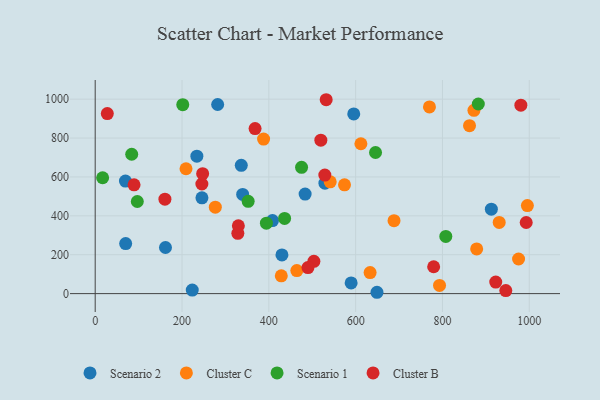
{"axis": {"x": "Study Hours", "y": "Exam Score"}, "legend": ["Cluster B", "Cluster C", "Scenario 1", "Scenario 2"], "data": [{"x": "483.6", "y": 511.7, "type": "Scenario 2"}, {"x": "529.2", "y": 568.0, "type": "Scenario 2"}, {"x": "245.9", "y": 492.5, "type": "Scenario 2"}, {"x": "430.2", "y": 198.9, "type": "Scenario 2"}, {"x": "912.6", "y": 434.5, "type": "Scenario 2"}, {"x": "70.2", "y": 257.1, "type": "Scenario 2"}, {"x": "336.5", "y": 659.8, "type": "Scenario 2"}, {"x": "649.1", "y": 6.9, "type": "Scenario 2"}, {"x": "595.6", "y": 924.2, "type": "Scenario 2"}, {"x": "69.7", "y": 578.7, "type": "Scenario 2"}, {"x": "223.6", "y": 18.4, "type": "Scenario 2"}, {"x": "161.9", "y": 237.1, "type": "Scenario 2"}, {"x": "339.7", "y": 510.2, "type": "Scenario 2"}, {"x": "234.2", "y": 707.0, "type": "Scenario 2"}, {"x": "282.1", "y": 972.6, "type": "Scenario 2"}, {"x": "408.4", "y": 375.4, "type": "Scenario 2"}, {"x": "589.6", "y": 55.2, "type": "Scenario 2"}, {"x": "428.7", "y": 91.7, "type": "Cluster C"}, {"x": "872.5", "y": 942.6, "type": "Cluster C"}, {"x": "793.2", "y": 42.0, "type": "Cluster C"}, {"x": "995.6", "y": 452.8, "type": "Cluster C"}, {"x": "930.7", "y": 366.3, "type": "Cluster C"}, {"x": "541.4", "y": 575.1, "type": "Cluster C"}, {"x": "770.0", "y": 960.0, "type": "Cluster C"}, {"x": "612.1", "y": 770.8, "type": "Cluster C"}, {"x": "975.3", "y": 178.0, "type": "Cluster C"}, {"x": "688.4", "y": 375.3, "type": "Cluster C"}, {"x": "574.3", "y": 559.7, "type": "Cluster C"}, {"x": "633.3", "y": 108.1, "type": "Cluster C"}, {"x": "276.7", "y": 444.4, "type": "Cluster C"}, {"x": "387.9", "y": 794.9, "type": "Cluster C"}, {"x": "464.5", "y": 118.5, "type": "Cluster C"}, {"x": "878.8", "y": 229.7, "type": "Cluster C"}, {"x": "209.2", "y": 642.2, "type": "Cluster C"}, {"x": "862.3", "y": 863.7, "type": "Cluster C"}, {"x": "394.4", "y": 362.3, "type": "Scenario 1"}, {"x": "882.6", "y": 975.2, "type": "Scenario 1"}, {"x": "352.4", "y": 474.8, "type": "Scenario 1"}, {"x": "645.8", "y": 725.7, "type": "Scenario 1"}, {"x": "807.7", "y": 294.3, "type": "Scenario 1"}, {"x": "475.4", "y": 649.7, "type": "Scenario 1"}, {"x": "97.0", "y": 473.6, "type": "Scenario 1"}, {"x": "84.1", "y": 716.6, "type": "Scenario 1"}, {"x": "436.3", "y": 386.8, "type": "Scenario 1"}, {"x": "201.7", "y": 971.9, "type": "Scenario 1"}, {"x": "17.1", "y": 595.9, "type": "Scenario 1"}, {"x": "532.1", "y": 997.1, "type": "Cluster B"}, {"x": "519.8", "y": 789.2, "type": "Cluster B"}, {"x": "503.8", "y": 166.1, "type": "Cluster B"}, {"x": "945.9", "y": 15.5, "type": "Cluster B"}, {"x": "980.6", "y": 968.9, "type": "Cluster B"}, {"x": "529.0", "y": 609.7, "type": "Cluster B"}, {"x": "490.1", "y": 134.0, "type": "Cluster B"}, {"x": "245.7", "y": 563.6, "type": "Cluster B"}, {"x": "992.9", "y": 365.8, "type": "Cluster B"}, {"x": "247.5", "y": 616.7, "type": "Cluster B"}, {"x": "89.5", "y": 559.3, "type": "Cluster B"}, {"x": "27.9", "y": 925.9, "type": "Cluster B"}, {"x": "922.7", "y": 59.6, "type": "Cluster B"}, {"x": "779.7", "y": 138.2, "type": "Cluster B"}, {"x": "368.3", "y": 848.9, "type": "Cluster B"}, {"x": "160.6", "y": 485.6, "type": "Cluster B"}, {"x": "328.6", "y": 310.3, "type": "Cluster B"}, {"x": "329.8", "y": 348.5, "type": "Cluster B"}]}